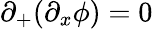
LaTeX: \partial_{+}(\partial_{x}\phi)=0